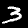
Label: 3